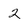
Character: 2